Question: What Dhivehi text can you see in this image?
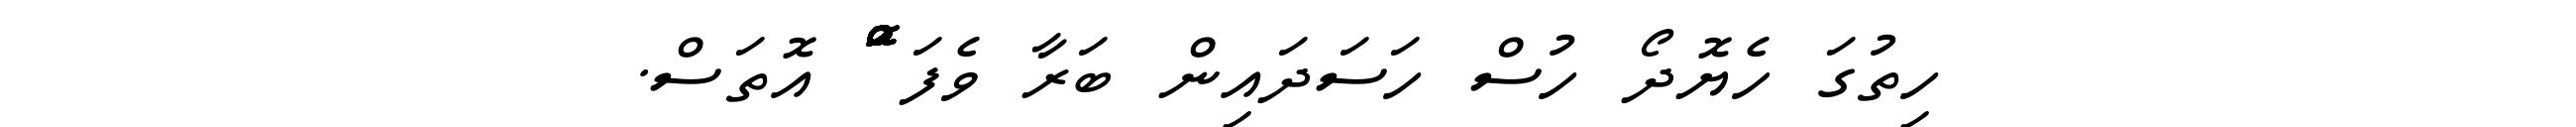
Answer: ހިތުގަ ހެޔޮދޯ ހުސް ހަސަދައިން ބަރާ ވެފަ ްްްްްްްްޮްްްްްްްްްްްްްްްްޮްްްްްްްްްްްްްްްްޮްްްްްްްްްްްްްްްްޮްްްް އޮތަސް.